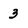
Character: 3